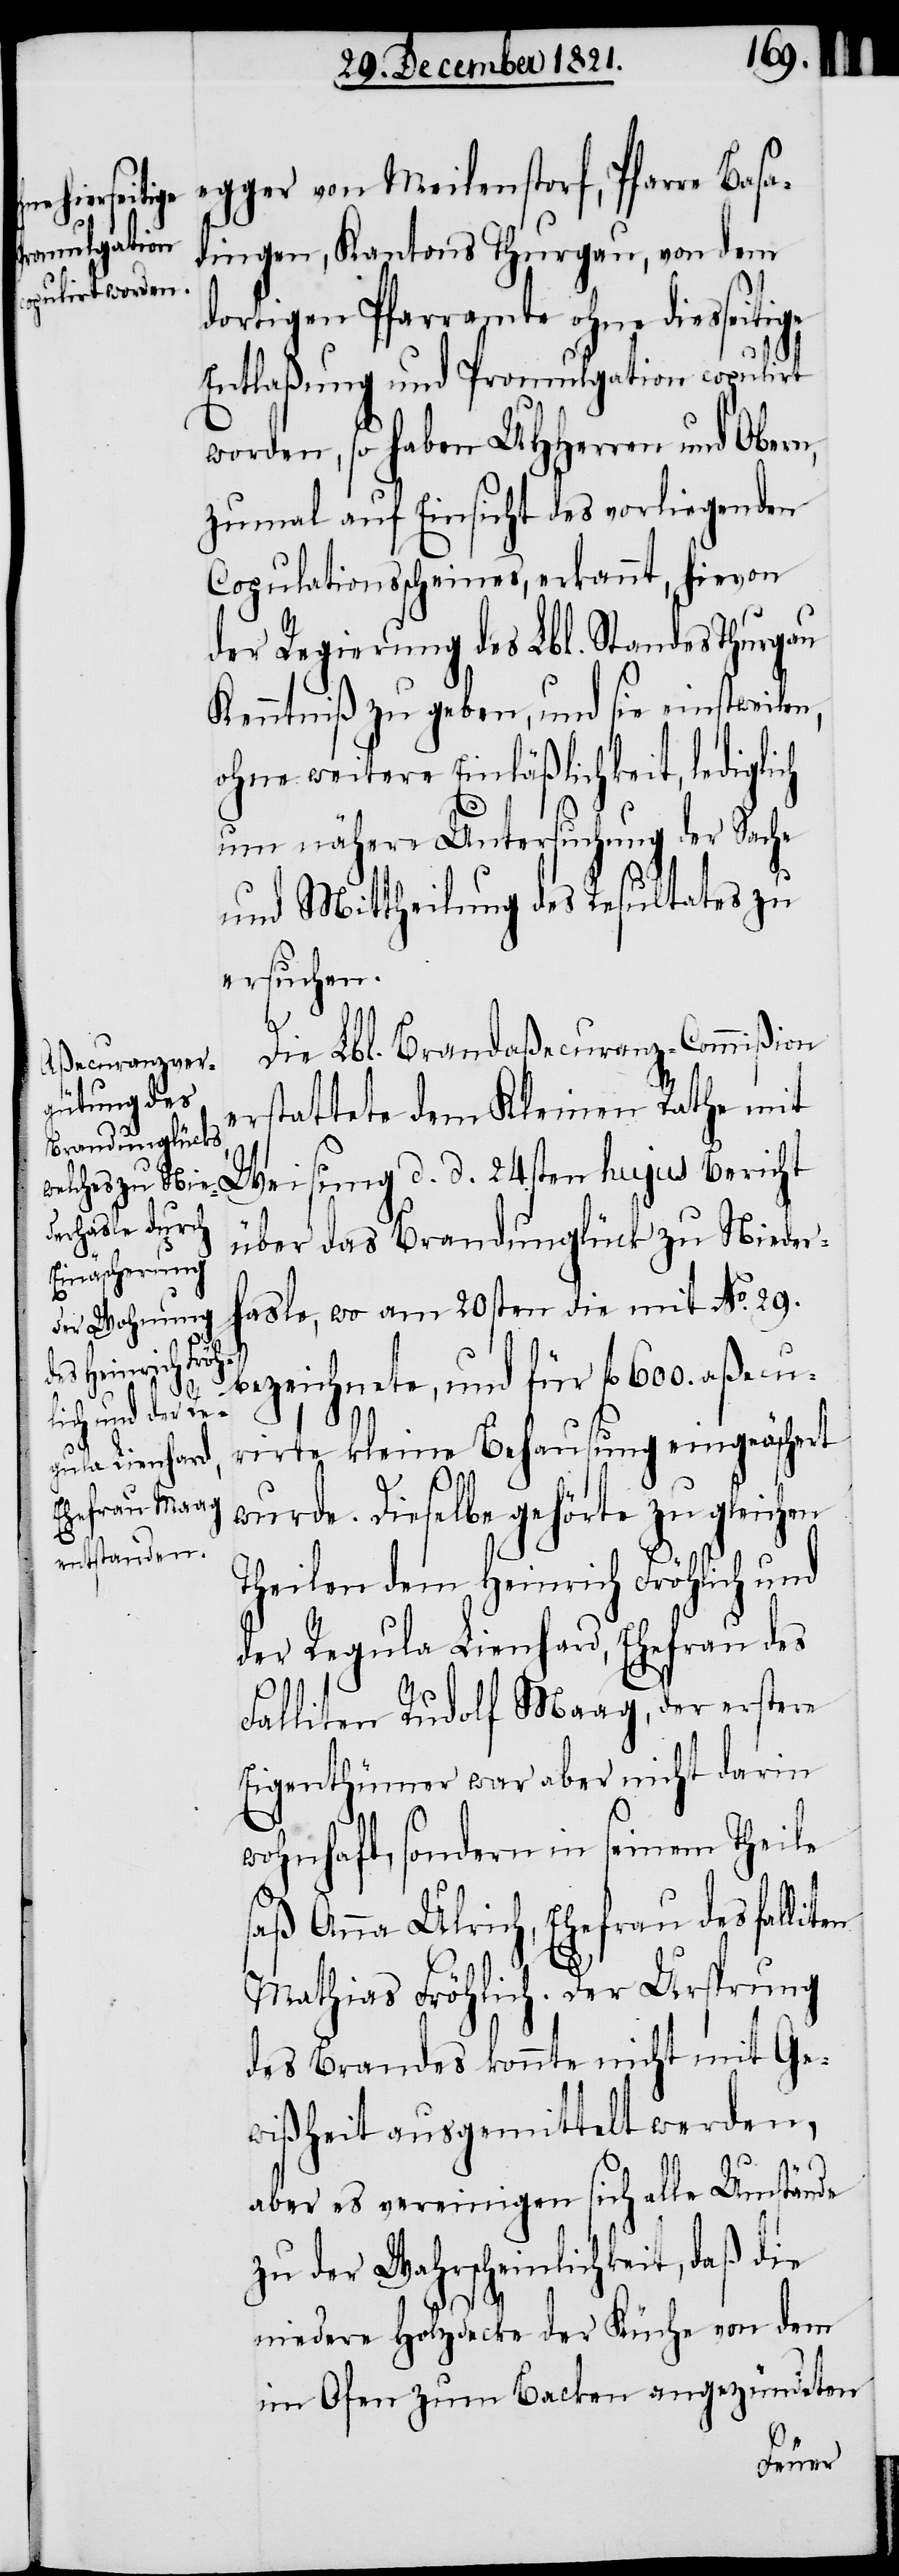
egger von Meilenstorf, Pfarre Basa¬
dingen, Kantons Thurgau, von dem
dortigen Pfarramte ohne dies¬
Entlaßung und Promulgation copulirt
worden, so haben UHHerren und Obern,
zumal auf Einsicht des vorliegenden
Copulationsscheines, erkannt, hievon
der Regierung des Lbl. Standes Thurgau
Kenntniß zu geben, und sie einstweilen,
ohne weitere Einläßlichkeit, lediglich
um nähere Untersuchung der Sache
und Mittheilung des Resultates zu
ersuchen.
Die Lbl. Brandaßecuranz-Commißion
erstattete dem Kleinen Rathe mit
Weisung d. d. 24sten hujus Bericht
über das Brandunglück zu Nieder¬
en
hasle, wo am 20sten die mit No. 29.
seitige
bezeichnete, und für fl. 600. aßecu¬
rirte kleine Behausung eingeäschert
wurde. Dieselbe gehörte zu gleichen
Theilen dem Heinrich Fröhlich und
der Regula Lienhard, Ehefrau des
Falliten Rudolf Maag, der erstere
Eigenthümer war aber nicht darin
wohnhaft, sondern in seinem Theile
saß Anna Ulrich, Ehefrau des fallit¬
Mathias Fröhlich. Der Ursprung
des Brandes konnte nicht mit Ge¬
wißheit ausgemittelt werden,
aber es vereinigen sich alle Umstände
zu der Wahrscheinlichkeit, daß die
niedere Holzdecke der Küche von dem
im Ofen zum Backen angezündeten